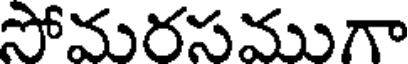
సోమరసముగా